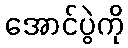
အောင်ပွဲကို